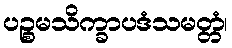
ပဉ္စမသိက္ခာပဒံသမတ္တံ၊